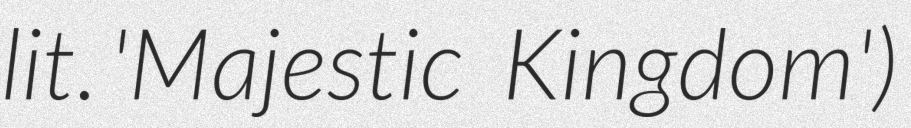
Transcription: lit. 'Majestic Kingdom')